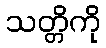
သတ္တိကို